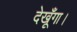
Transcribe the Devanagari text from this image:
देखूँगा।